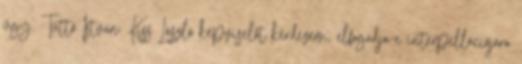
ügy. Tüttő István: Kiss László képviselőt kérdezem, elfogadja-e interpellációjára